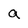
Character: a